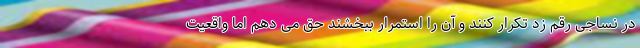
در نساجی رقم زد تکرار کنند و آن را استمرار ببخشند حق می دهم اما واقعیت